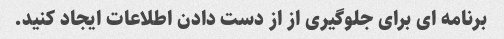
برنامه ای برای جلوگیری از از دست دادن اطلاعات ایجاد کنید.